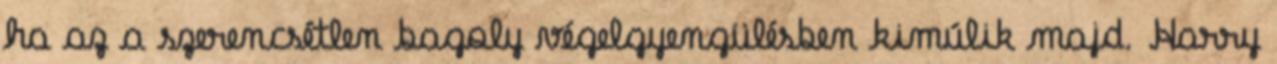
ha az a szerencsétlen bagoly végelgyengülésben kimúlik majd. Harry